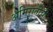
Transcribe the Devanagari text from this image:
अमिरातींची